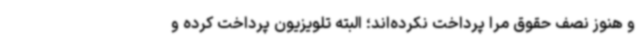
و هنوز نصف حقوق مرا پرداخت نکرده‌اند؛ البته تلویزیون پرداخت کرده و